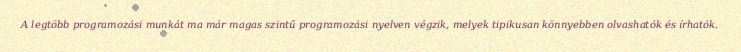
A legtöbb programozási munkát ma már magas szintű programozási nyelven végzik, melyek tipikusan könnyebben olvashatók és írhatók.